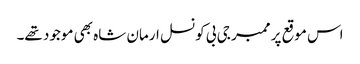
اس موقع پر ممبر جی بی کونسل ارمان شاہ بھی موجود تھے۔